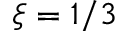
\xi = 1 / 3